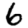
Digit: 6